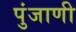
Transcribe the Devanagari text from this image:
पुंजाणी